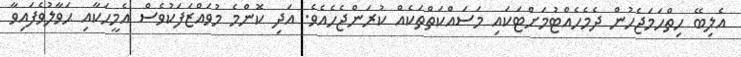
އެލިބޭ ހިތްހަމަޖެހުން ދެމެހެއްޓުމަށްޓަކައި މަސައްކަތްތަކެއް ކުރަންޖެހެއެވެ. އަދި ކޮންމެ މުވައްޒަފަކުވެސް އެމީހަކާއި ޙަވާލުވެފައިވާ